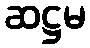
ဆဋ္ဌမ